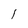
Character: 1